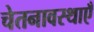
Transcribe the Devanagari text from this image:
चेतनावस्थाएँ